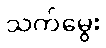
သက်မွေး